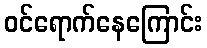
ဝင်ရောက်နေကြောင်း